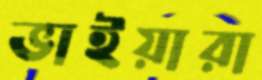
ভাইয়ারা